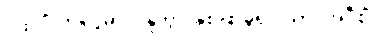
ပထဝိံ၊ ကို။ ဒွိဓာဘိန္ဒိတွာ၊ နှစ်ဖြာခွဲ၍။ ယာဝအဝီစိံ၊